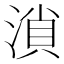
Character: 溑